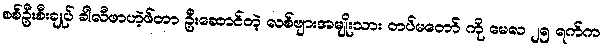
စစ်ဦးစီးချုပ် ခါလီဖာဟဲ့ဖ်တာ ဦးဆောင်တဲ့ လစ်ဗျားအမျိုးသား တပ်မတော် ကို မေလ ၂၅ ရက်က